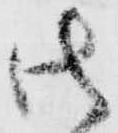
御